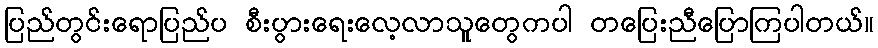
ပြည်တွင်းရောပြည်ပ စီးပွားရေးလေ့လာသူတွေကပါ တပြေးညီပြောကြပါတယ်။